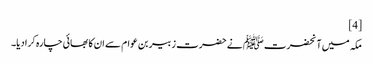
[4]
مکہ میں آنحضرت ﷺ نے حضرت زبیر بن عوام سے ان کا بھائی چارہ کرادیا۔